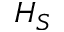
H _ { S }